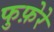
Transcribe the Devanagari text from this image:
फुफ़ेरे